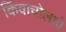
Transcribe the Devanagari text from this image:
किंवाचोलाचे